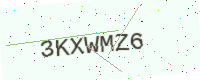
Text: 3KXWMZ6